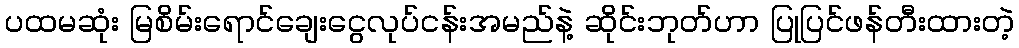
ပထမဆုံး မြစိမ်းရောင်ချေးငွေလုပ်ငန်းအမည်နဲ့ ဆိုင်းဘုတ်ဟာ ပြုပြင်ဖန်တီးထားတဲ့